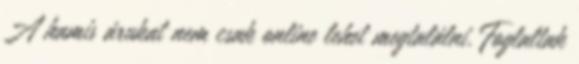
A hamis árukat nem csak online lehet megtalálni. Foglaltak